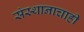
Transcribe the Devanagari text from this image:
संस्थानाचाही